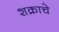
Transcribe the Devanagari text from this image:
शक्राचे